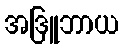
အဒြူဘာယ